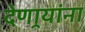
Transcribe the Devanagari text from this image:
देणार्‍यांना